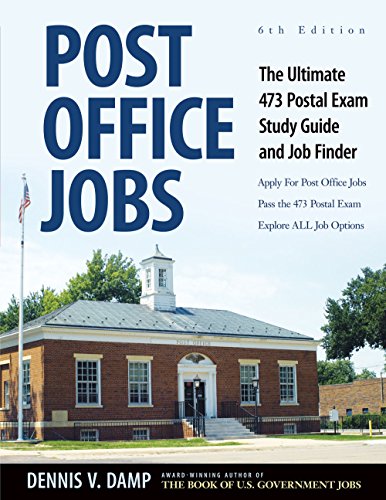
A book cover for Post Office Jobs: The Ultimate 473 Postal Exam Study Guide and Job FInder; Dennis Damp; Test Preparation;